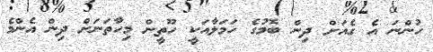
ހުންނަ އެ ގެއަށް ދިން ބޮމުގެ ހަމަލާއަކީ ހޫތީން މިހާތަނަށް ދިން އެންމެ